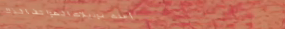
أحدث موديلات الهواتف الذك